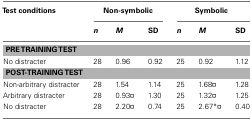
<table><thead><tr><td><b>Test conditions</b></td><td colspan="3"><b>Non-symbolic</b></td><td colspan="3"><b>Symbolic</b></td></tr><tr><td></td><td><b><i>n</i></b></td><td><b><i>M</i></b></td><td><b>SD</b></td><td><b><i>n</i></b></td><td><b><i>M</i></b></td><td><b>SD</b></td></tr></thead><tbody><tr><td colspan="7"><b>PRE TRAINING TEST</b></td></tr><tr><td>No distracter</td><td>28</td><td>0.96</td><td>0.92</td><td>25</td><td>0.92</td><td>1.12</td></tr><tr><td colspan="7"><b>POST-TRAINING TEST</b></td></tr><tr><td>Non-arbitrary distracter</td><td>28</td><td>1.54</td><td>1.14</td><td>25</td><td>1.68¤</td><td>1.28</td></tr><tr><td>Arbitrary distracter</td><td>28</td><td>0.93¤</td><td>1.30</td><td>25</td><td>1.32¤</td><td>1.25</td></tr><tr><td>No distracter</td><td>28</td><td>2.20¤</td><td>0.74</td><td>25</td><td>2.67*¤</td><td>0.40</td></tr></tbody></table>